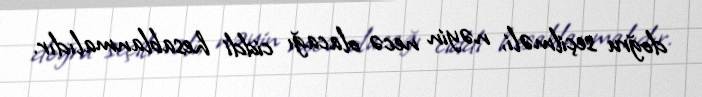
doğru seçilməli, nəyin necə olacağı ciddi hesablanmalıdır.